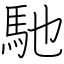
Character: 馳